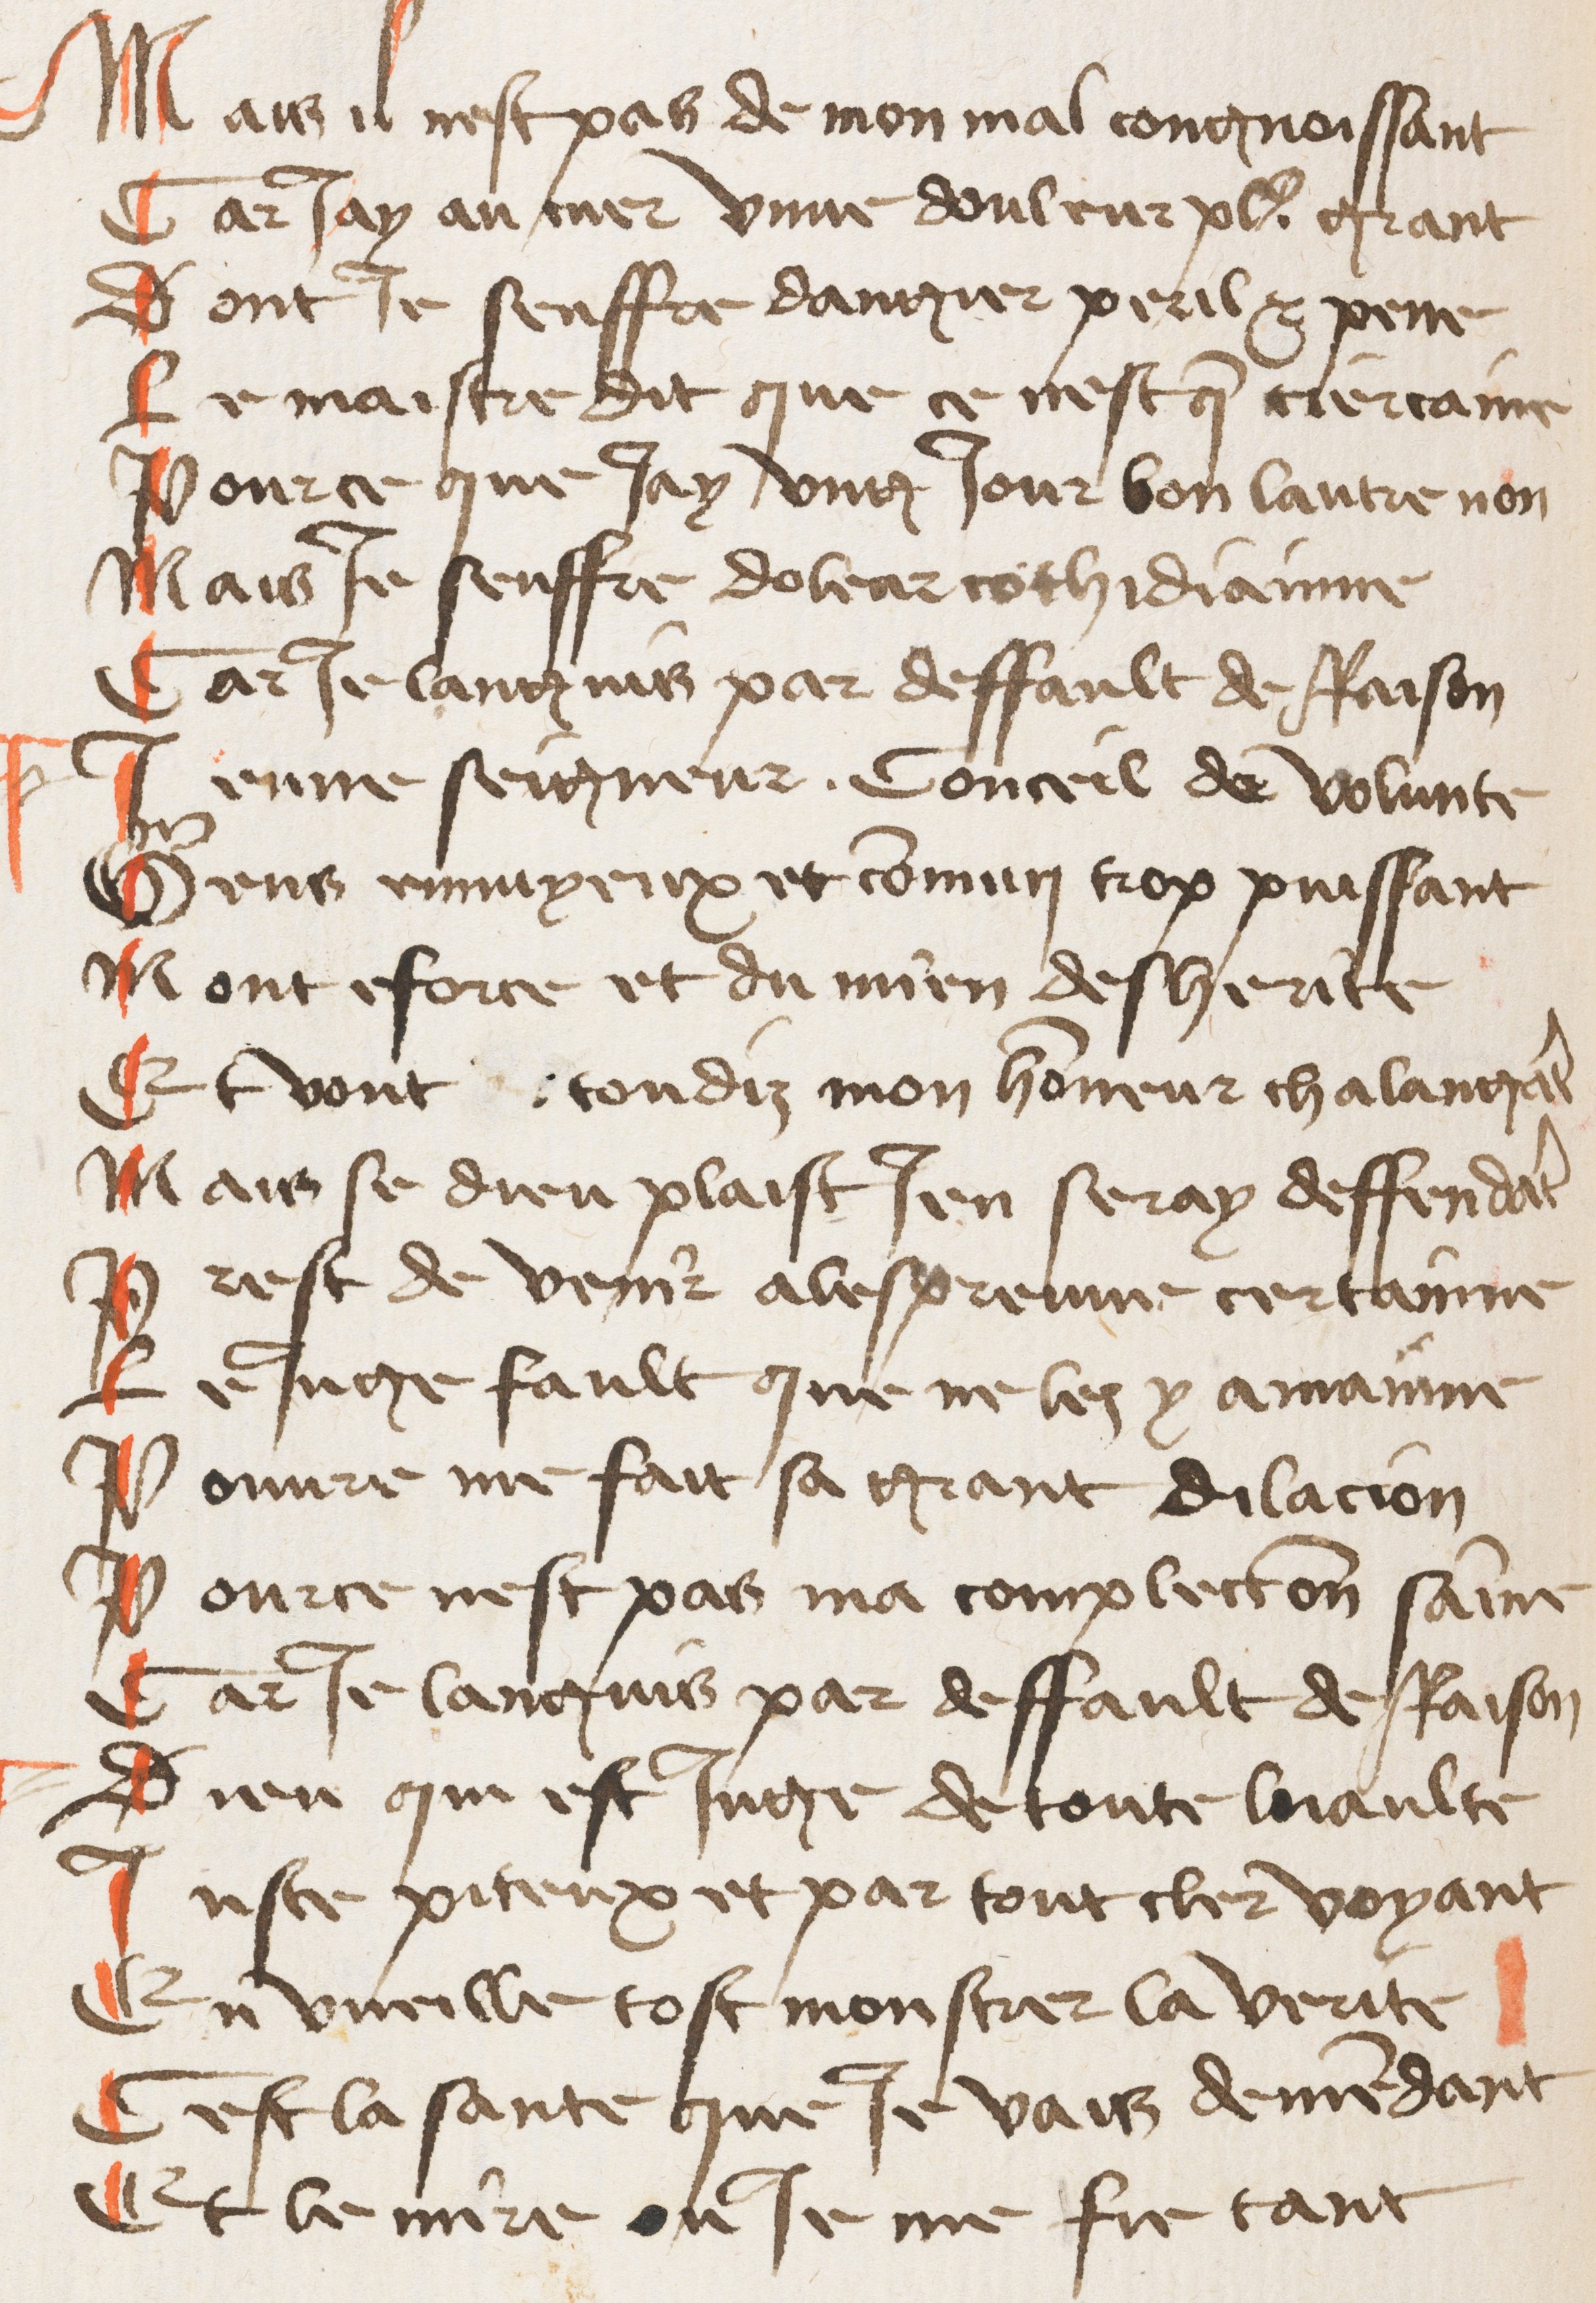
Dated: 1425–1435